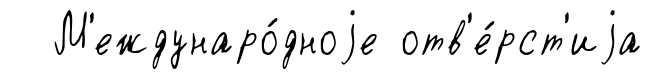
М'еждунаро́дноjе отв'е́рст'иjа